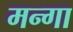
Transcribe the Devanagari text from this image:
मन्गा